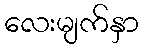
လေးမျက်နှာ